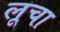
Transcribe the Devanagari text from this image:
लूचा